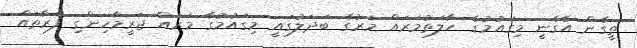
ތީގެން އެގެނީ މިގައުމުގެ ހާލަތުމަރައް މަރުގެ ބަދަލުގައީ މިގައުމުގާ މަރައް ޖަރީމާހިންގި ފަރާތައް